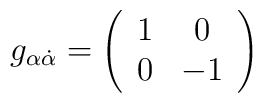
g_{\alpha{\dot \alpha}}=\left( \begin{array}{cc}		    1 & 0 \\		    0 & -1       \end{array}\right)